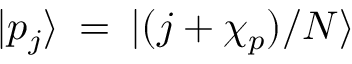
{ | p _ { j } \rangle } \: = \: { | ( j + \chi _ { p } ) / N \rangle }